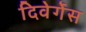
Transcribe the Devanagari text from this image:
दिवेर्गेस